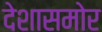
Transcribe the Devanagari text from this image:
देशासमोर